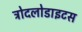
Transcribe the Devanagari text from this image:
ट्रोदलोडाइटस